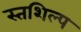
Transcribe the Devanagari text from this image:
स्‍तशिल्प